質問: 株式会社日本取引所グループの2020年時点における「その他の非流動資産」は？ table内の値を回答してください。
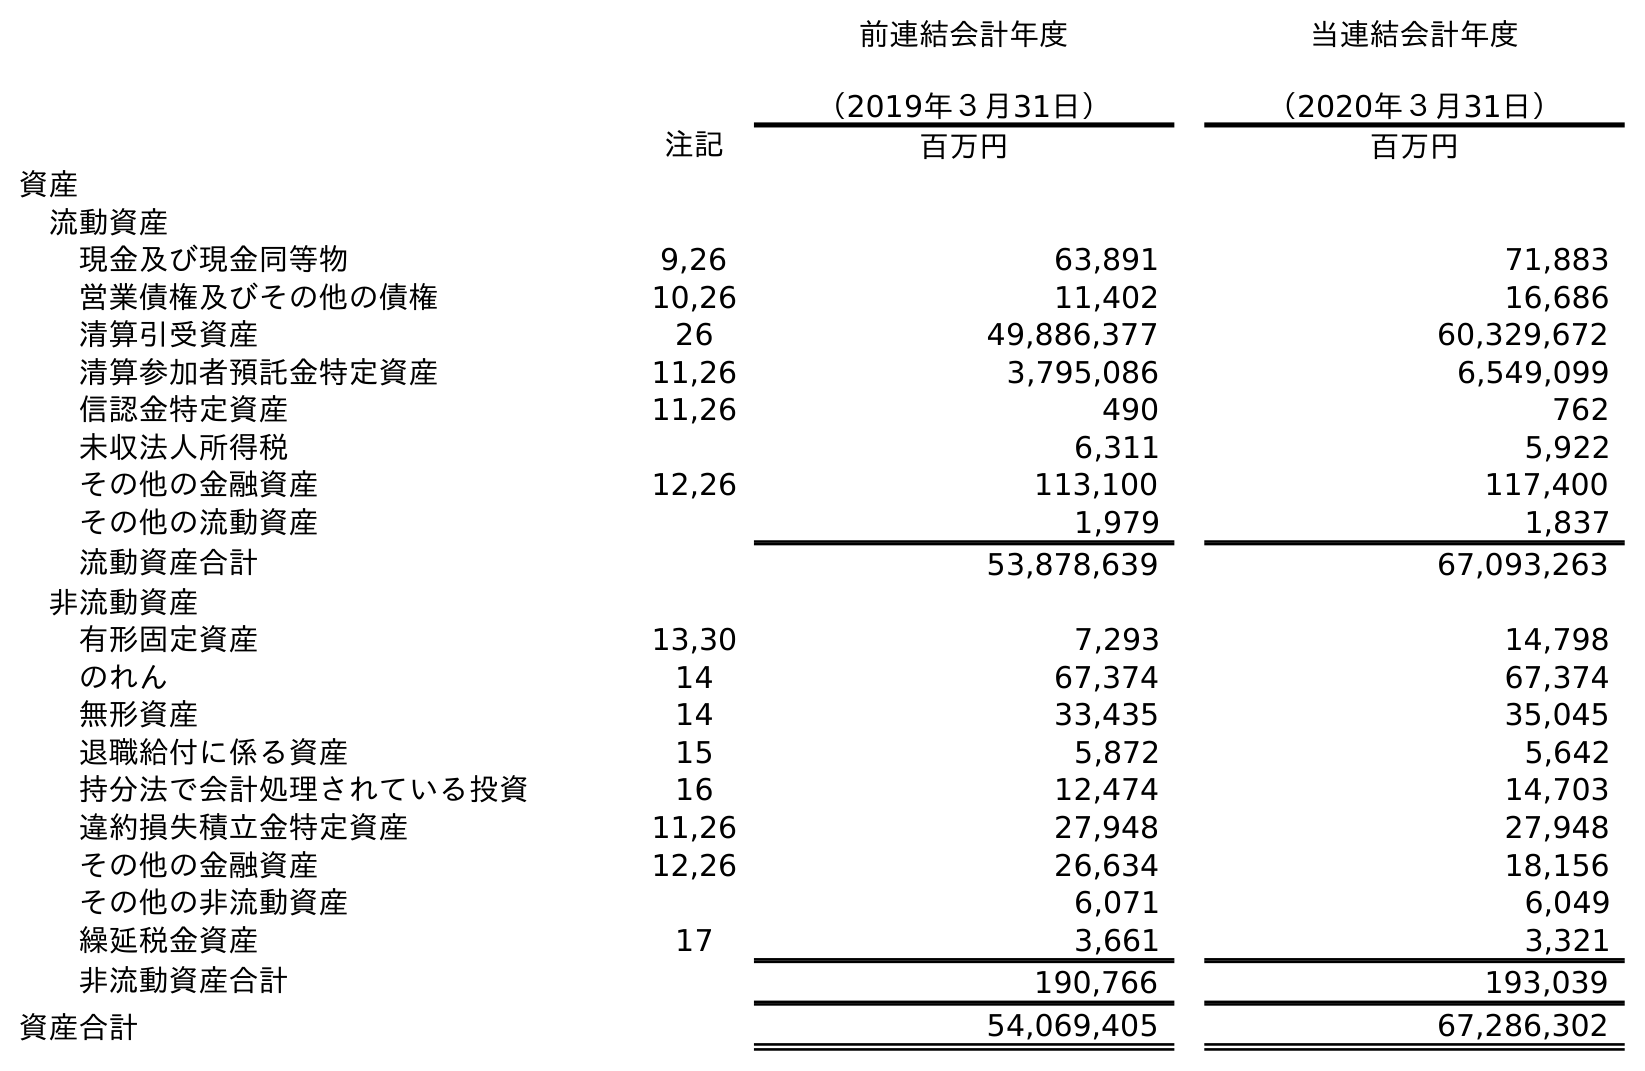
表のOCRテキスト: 前連結会計年度 （2019年３月31日） 当連結会計年度 （2020年３月31日） 注記 百万円 百万円 資産 流動資産 現金及び現金同等物 9,26 63,891 71,883 営業債権及びその他の債権 10,26 11,402 16,686 清算引受資産 26 49,886,377 60,329,672 清算参加者預託金特定資産 11,26 3,795,086 6,549,099 信認金特定資産 11,26 490 762 未収法人所得税 6,311 5,922 その他の金融資産 12,26 113,100 117,400 その他の流動資産 1,979 1,837 流動資産合計 53,878,639 67,093,263 非流動資産 有形固定資産 13,30 7,293 14,798 のれん 14 67,374 67,374 無形資産 14 33,435 35,045 退職給付に係る資産 15 5,872 5,642 持分法で会計処理されている投資 16 12,474 14,703 違約損失積立金特定資産 11,26 27,948 27,948 その他の金融資産 12,26 26,634 18,156 その他の非流動資産 6,071 6,049 繰延税金資産 17 3,661 3,321 非流動資産合計 190,766 193,039 資産合計 54,069,405 67,286,302
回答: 6,049